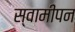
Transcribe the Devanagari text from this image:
स्वामीपन